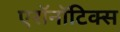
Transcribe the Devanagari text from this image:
एरॉनॉटिक्स